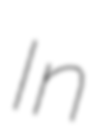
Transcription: In